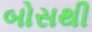
બોસથી